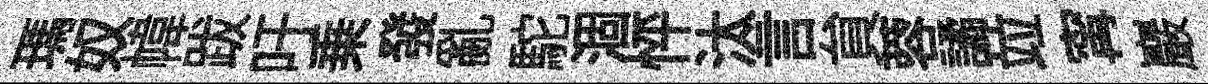
瑪奴幃跋吁乗發亂駝涸怦汰言貟蓉譎竝𡩋巖